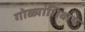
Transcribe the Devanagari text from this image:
गोळ्यांशिवाय